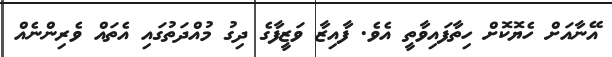
އޭނާއަށް ހެޔޮކޮށް ހިތާފައިވާތީ އެވެ. ފާއިޒާ ވަޒީފާގެ ދިގު މުއްދަތުގައި އެތައް ވެރިންނެއް